Annual administration and progress report of the Indian Medical Department, Bombay
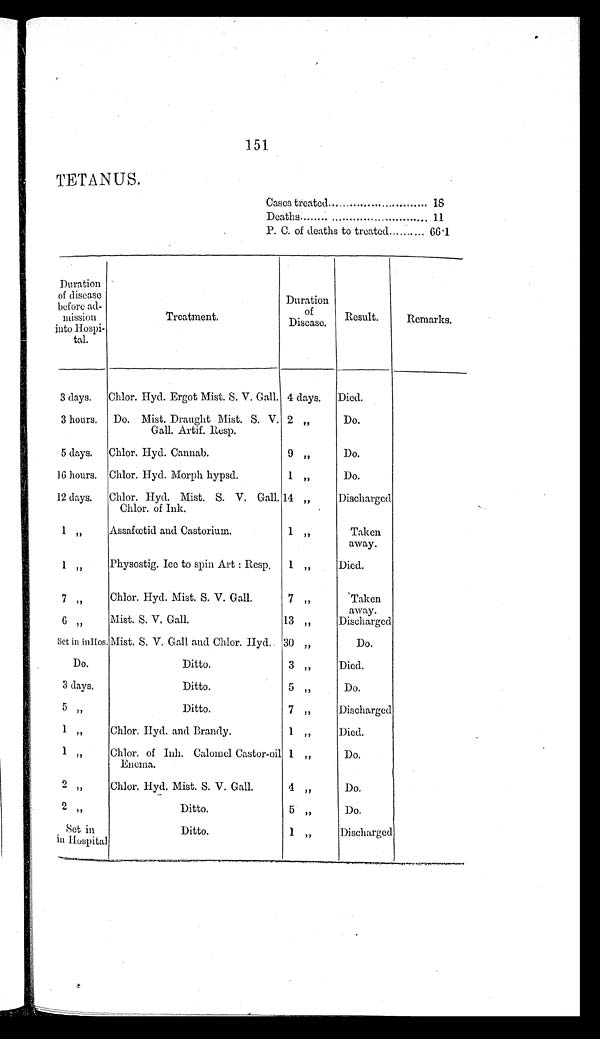
151
TETANUS.
Cases treated . . .18
Deaths . . . 11
P. C. of deaths to treated . . . 66.1
Duration
of disease
before ad-
mission
into Hospi
-
tal.
Treatment.
Duration
of
Disease.
Result.
Remarks.
3 days.
Chlor. Hyd. Ergot Mist. S. V. Gall. 4 days.
Died.
3 hours.
Do. Mist. Draught Mist. S. V.
Gall. Artif. Resp.
2 "
Do.
5 days.
Chlor. Hyd. Cannab.
9 "
Do.
16 hours. Chlor. Hyd. Morph hypsd.
1 "
Do.
12 days.
Chlor. Hyd. Mist. S. V. Gall.
C h o l o r o f I n k .
14 "
Discharged
1 "
Assafœtid and Castorium.
1 "
Taken
away.
1 "
Physostig. Ice to spin Art: Resp.
1 "
Died.
7 "
Chlor. Hyd. Mist. S. V. Gall.
7 "
Taken
away.
6 "
Mist. S. V. Gall.
13 "
Discharged
Set in inHos. Mist. S. V. Gall and Chlor. Hyd. 30 "
Do.
Do.
Ditto.
3 "
Died.
3 days.
Ditto.
5 "
Do.
5 "
Ditto.
7 "
Discharged
1 "
Chlor. Hyd. and Brandy.
1 "
Died.
1 "
Chlor. of Inh. Calomel Castor-oil
Enema.
1 "
Do.
2 "
Chlor. Hyd. Mist. S. V. Gall.
4 "
Do.
2 "
Ditto.
5 "
Do.
Set in
in Hospital
Ditto.
1 "
Discharged